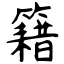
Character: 籍